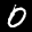
Label: 0